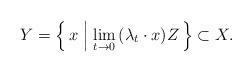
LaTeX: \begin{align*}Y = \Big\{\, x \mathrel{\Big|} \underset{t\to 0}{\operatorname{lim}} \, (\lambda_t\cdot x)Z \,\Big\} \subset X.\end{align*}